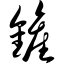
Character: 铲